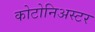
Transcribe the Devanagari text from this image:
कोटोनिअस्टर